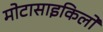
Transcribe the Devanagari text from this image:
मोटासाइकिलों